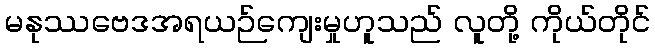
မနုဿဗေဒအရယဉ်ကျေးမှုဟူသည် လူတို့ ကိုယ်တိုင်